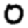
Digit: 0